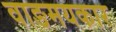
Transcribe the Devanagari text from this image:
वाङमयकार